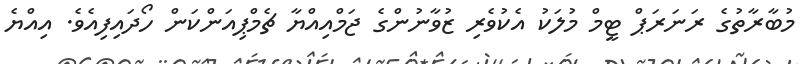
މުބާރާތުގެ ރަނަރަޕް ޓީމް މުލަކު އެކުވެރި ޒުވާނުންގެ ޖަމްއިއްޔާ ޗެމްޕިއަންކަން ހޯދައިފިއެވެ. އިއްޔެ